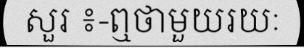
សួរ ៖-ឮថាមួយរយៈ